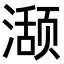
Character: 𬈾